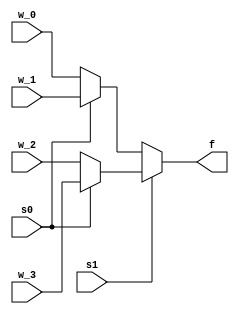
module mux_4(w_0, w_1, w_2,w_3, f, s0, s1);
//Building 4x1 mux

input [31:0] w_0, w_1, w_2, w_3;
input s0,s1;
output [31:0] f;
 wire [31:0] ternary_output_0, ternary_output_1;
 
assign ternary_output_0 = s0 ? w_1 : w_0;
assign ternary_output_1 = s0 ? w_3 : w_2;
assign f = s1 ? ternary_output_1  : ternary_output_0;

endmodule